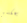
يمكنني